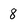
Character: 8